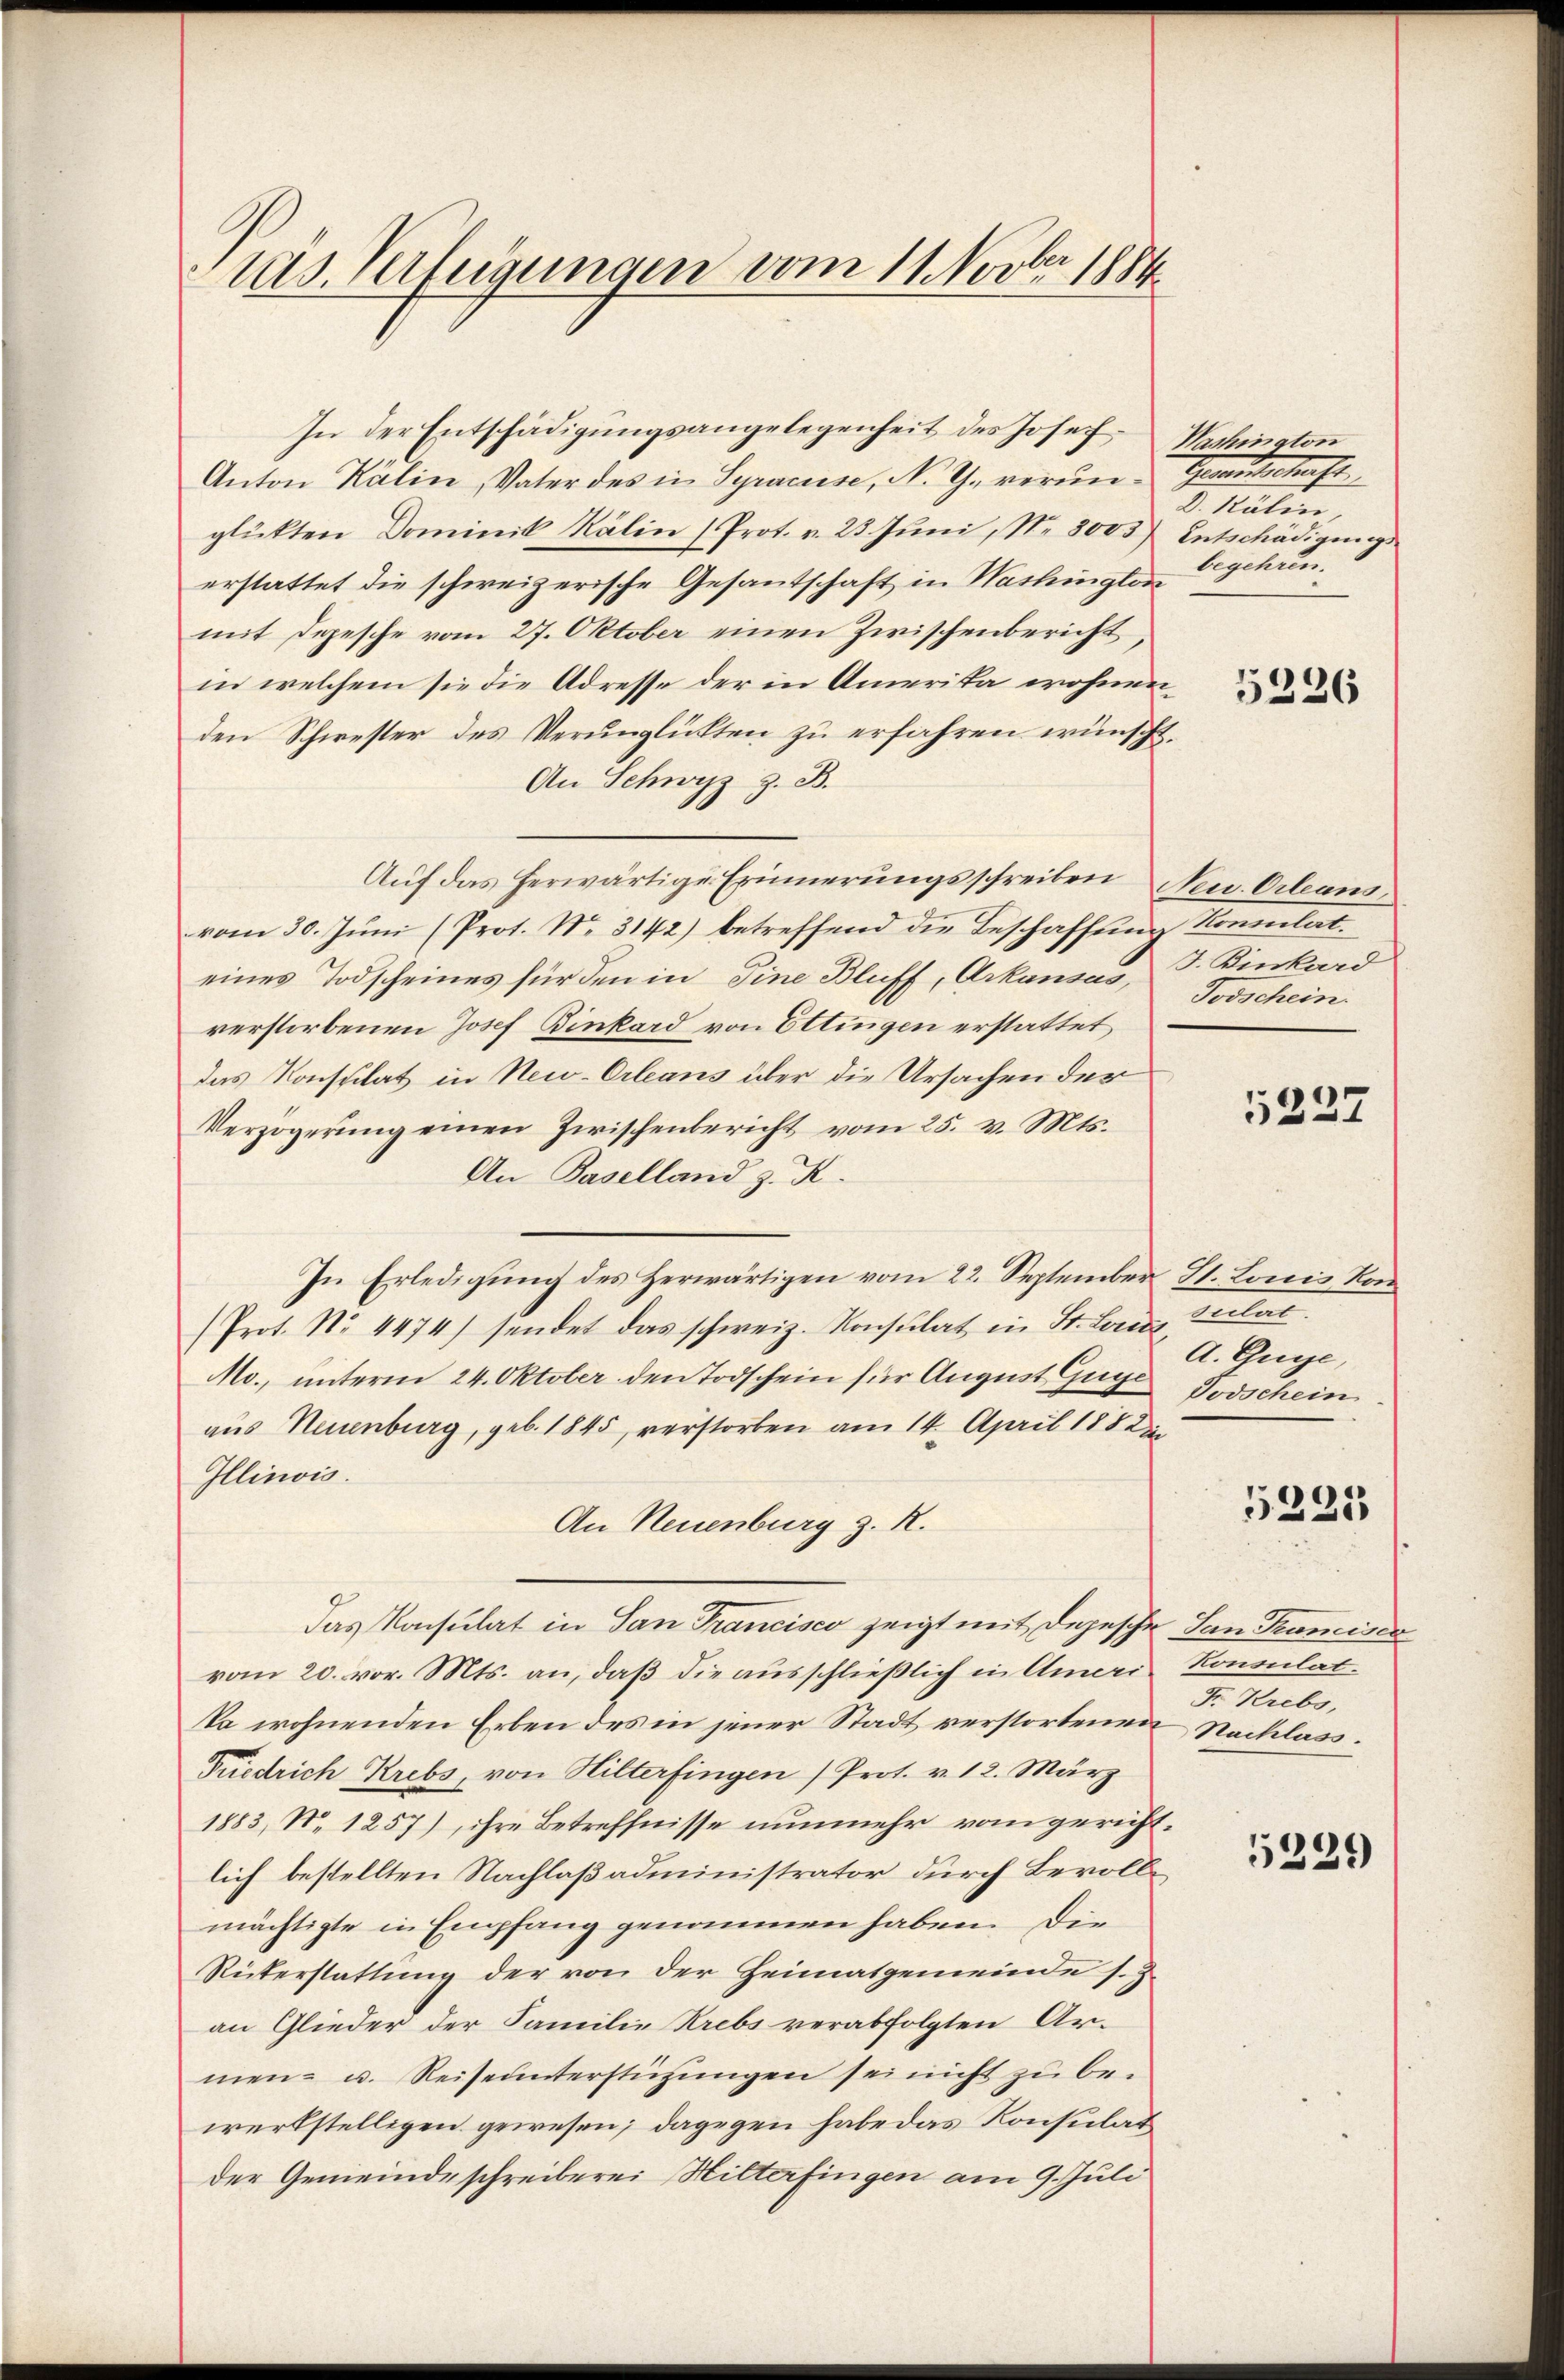
ras. Verfügungen vom 11. Novber 1884

In der Entschädigŭngsangelegenheit des Josef Washington
Anton Kälin, Vater des in Syraciese, N. Z. verun- Gesamtschaft
glükten Dominik Kälin (Prot. v. 23. Juni, Nr. 8005) Entschädigungs
erstattet die schweizerische Gesantschaft in Washington
mit Depesche vom 27. Oktober einen Zwischenbericht,
in welchem sie die Adresse der in Amerika wohnenden Schwester des Verunglükten zu erfahren wünscht,
An Schwyz z. B.
Aŭf das herwärtige Erinnerungsschreiben Neu Orleans,
vom 30. Jŭni (Prot. Nr. 3142) betreffend die Beschaffung Kommilat.
eines Todscheines für den in Eine Bluff, Arkausas, F. Kinkord
verstorbenen Josef Binkard von Ettingen erstattet
das Konsulat in New-Orleans über die Ursachen der
Verzögerŭng einen Zwischenbericht vom 25. v. Mts.
An Baselland z. R.
In Erledigung des Herwärtigen vom 22. September 81. Lonis Kon¬
(Prot. No. 4474) sendet das schweiz. Konsulat in St. Lands lat.
Mo., unterm 24. Oktober den Todschein für August Guge Todschein
aus Neuenburg, geb. 1845, verstorben am 14. April 188 di
Illinois.
An Neuenburg z. R.
Das Konsulat in San Francisco zeigt mit Depesche San Kaminer
vom 20. vor. Mts. an, daß die ausschließlich in Amerie Konsulatka wohnenden Erben des in jener Stadt verstortenen Nachlass.
Friedrich Krebs, von Hilterfingen (Prot. v. 12. März
1883, No 1257), ihre Betreffnisse nunmehr vom gerichtlich bestellten Nachlaßadministrator durch Bevollmächtigte in Empfang genommen haben. Die
Rüterstattung der von der Heimatgemeinde s. Z.
an Glieder der Familie Krebs verabfolgten Armen- u. Reiseunterstützungen sei nicht zu bewerkstelligen gewesen; dagegen habe das Konsulat
der Gemeindeschreiberei Hilterfingen am 9. Juli

D. Kälin
begehren.

5226

Todschein.

5227

A. Guye,

5225

F. Krebs,

5239)